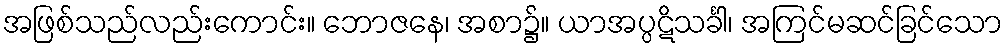
အဖြစ်သည်လည်းကောင်း။ ဘောဇနေ၊ အစာ၌။ ယာအပ္ပဋိသင်္ခါ၊ အကြင်မဆင်ခြင်သော